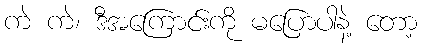
ကဲ ကဲ၊ ဒီအကြောင်းကို မပြောပါနဲ့ တော့